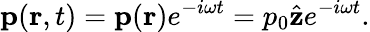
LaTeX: \mathbf{p}(\mathbf{r},t)=\mathbf{p}(\mathbf{r})e^{-i\omega t}=p_{0}{\hat{\mathbf{z}}}e^{-i\omega t}.